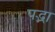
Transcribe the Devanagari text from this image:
पद्भा